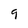
Character: 9